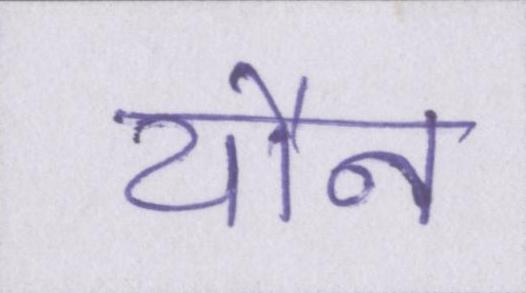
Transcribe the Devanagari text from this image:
यौन